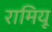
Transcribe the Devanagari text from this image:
रामियू